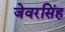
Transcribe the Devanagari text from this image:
जेवरसिंह